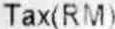
TAX(RM)